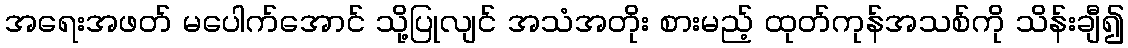
အရေးအဖတ် မပေါက်အောင် သို့ပြုလျင် အသံအတိုး စားမည့် ထုတ်ကုန်အသစ်ကို သိန်းချီ၍